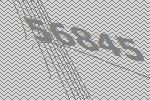
56845